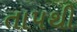
તાપથી